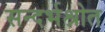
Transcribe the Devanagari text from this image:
सन्दर्भश्रोत